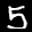
Label: 5